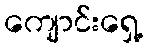
ကျောင်းရှေ့